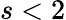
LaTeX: s<2